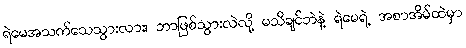
ရဲမေအသက်သေသွားလား၊ ဘာဖြစ်သွားလဲလို့ မသိချင်ဘဲနဲ့ ရဲမေရဲ့ အစာအိမ်ထဲမှာ